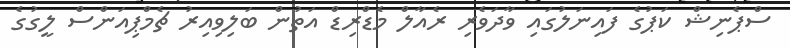
ސްޕެނިޝް ކަޕުގެ ފައިނަލުގައި ވާދަވެރި ރެއާލް މެޑްރިޑް އަތުން ބަލިވިއިރު ޗެމްޕިއަންސް ލީގުގެ